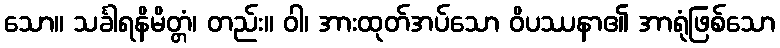
သော။ သင်္ခါရနိမိတ္တံ၊ တည်း။ ဝါ၊ အားထုတ်အပ်သော ဝိပဿနာ၏ အာရုံဖြစ်သော